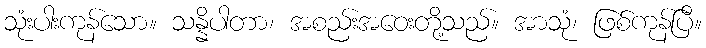
သုံးပါးကုန်သော။ သန္နိပါတာ၊ အစည်းအဝေးတို့သည်။ အာသုံ၊ ဖြစ်ကုန်ပြီ။